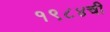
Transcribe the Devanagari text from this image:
१९८४ची